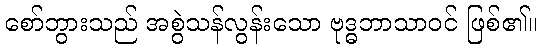
စော်ဘွားသည် အစွဲသန်လွန်းသော ဗုဒ္ဓဘာသာဝင် ဖြစ်၏။